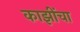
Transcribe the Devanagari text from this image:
काझींचा